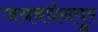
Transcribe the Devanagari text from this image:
जयवर्धनपुर